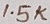
Text: 1.5K